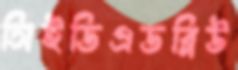
সিইডিএডব্লিউ